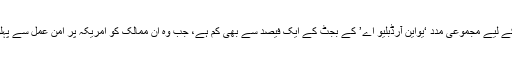
جب امریکہ عوام ایسے ممالک کو دیکھتے ہیں جن کی جانب سے فلسطینی عوام کے لیے مجموعی مدد ‘یواین آرڈبلیو اے’ کے بجٹ کے ایک فیصد سے بھی کم ہے، جب وہ ان ممالک کو امریکہ پر امن عمل سے پہلو تہی کا الزام عائد کرتے دیکھتے ہیں تو ان کے صبر کا پیمانہ لبریز ہو جاتا ہے۔